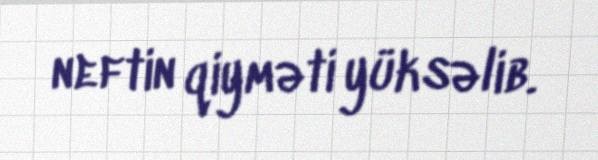
neftin qiyməti yüksəlib.